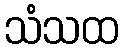
သံသထ